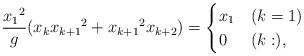
LaTeX: \begin{align*} \frac{{x_1}^2}{g} (x_{k}{x_{k+1}}^2+{x_{k+1}}^2x_{k+2})=\begin{cases}x_1 & (k=1)\\0 & (k:),\end{cases}\end{align*}